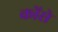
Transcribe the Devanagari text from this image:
कोंसे